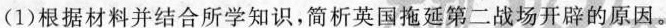
(1)根据材料并结合所学知识，简析英国拖延第二战场开辟的原因。